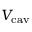
V _ { \mathrm { c a v } }